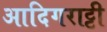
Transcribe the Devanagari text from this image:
आदिगराट्टी